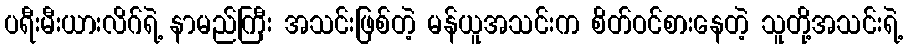
ပရီးမီးယားလိဂ်ရဲ့ နာမည်ကြီး အသင်းဖြစ်တဲ့ မန်ယူအသင်းက စိတ်ဝင်စားနေတဲ့ သူတို့အသင်းရဲ့